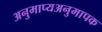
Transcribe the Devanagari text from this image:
अनुमाप्यअनुमापक